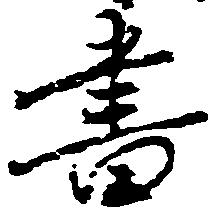
書